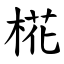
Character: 椛